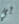
بي